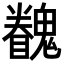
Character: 𩴖